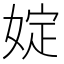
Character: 婝